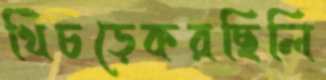
খিঁচড়েকরছিলি